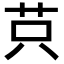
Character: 𦭜